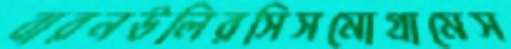
বারনউলিরসিসমোগ্রামেস